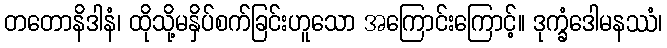
တတောနိဒါနံ၊ ထိုသို့မနှိပ်စက်ခြင်းဟူသော အကြောင်းကြောင့်။ ဒုက္ခံဒေါမနဿံ၊